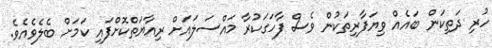
ހުރި ދަތިކަން ބައެއް ވިޔަފާރިތަކުން ވެސް ފާހަގަކުރާ މައްސަލައަށް ރިއާޔަތްކޮށްފައި ކަމަށް ބެލެވެއެވެ.